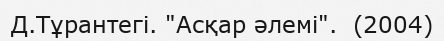
Д.Тұрантегі. "Асқар әлемі".  (2004)